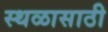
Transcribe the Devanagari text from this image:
स्थळासाठी